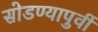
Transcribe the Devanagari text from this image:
सोडण्यापुर्वी